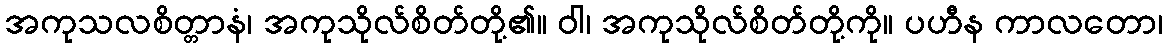
အကုသလစိတ္တာနံ၊ အကုသိုလ်စိတ်တို့၏။ ဝါ၊ အကုသိုလ်စိတ်တို့ကို။ ပဟီန ကာလတော၊